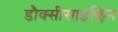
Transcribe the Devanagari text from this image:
डौक्सीसाइक्लिन